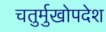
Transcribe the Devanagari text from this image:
चतुर्मुखोपदेश